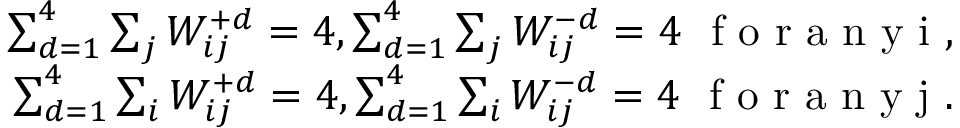
\begin{array} { r } { \sum _ { d = 1 } ^ { 4 } \sum _ { j } W _ { i j } ^ { + d } = 4 , \sum _ { d = 1 } ^ { 4 } \sum _ { j } W _ { i j } ^ { - d } = 4 \ \mathrm { ~ f ~ o ~ r ~ a ~ n ~ y ~ i ~ , ~ } } \\ { \sum _ { d = 1 } ^ { 4 } \sum _ { i } W _ { i j } ^ { + d } = 4 , \sum _ { d = 1 } ^ { 4 } \sum _ { i } W _ { i j } ^ { - d } = 4 \ \mathrm { ~ f ~ o ~ r ~ a ~ n ~ y ~ j ~ . ~ } } \end{array}